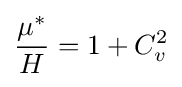
{\frac {\mu ^{*}}{H}}=1+C_{v}^{2}